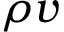
\rho v